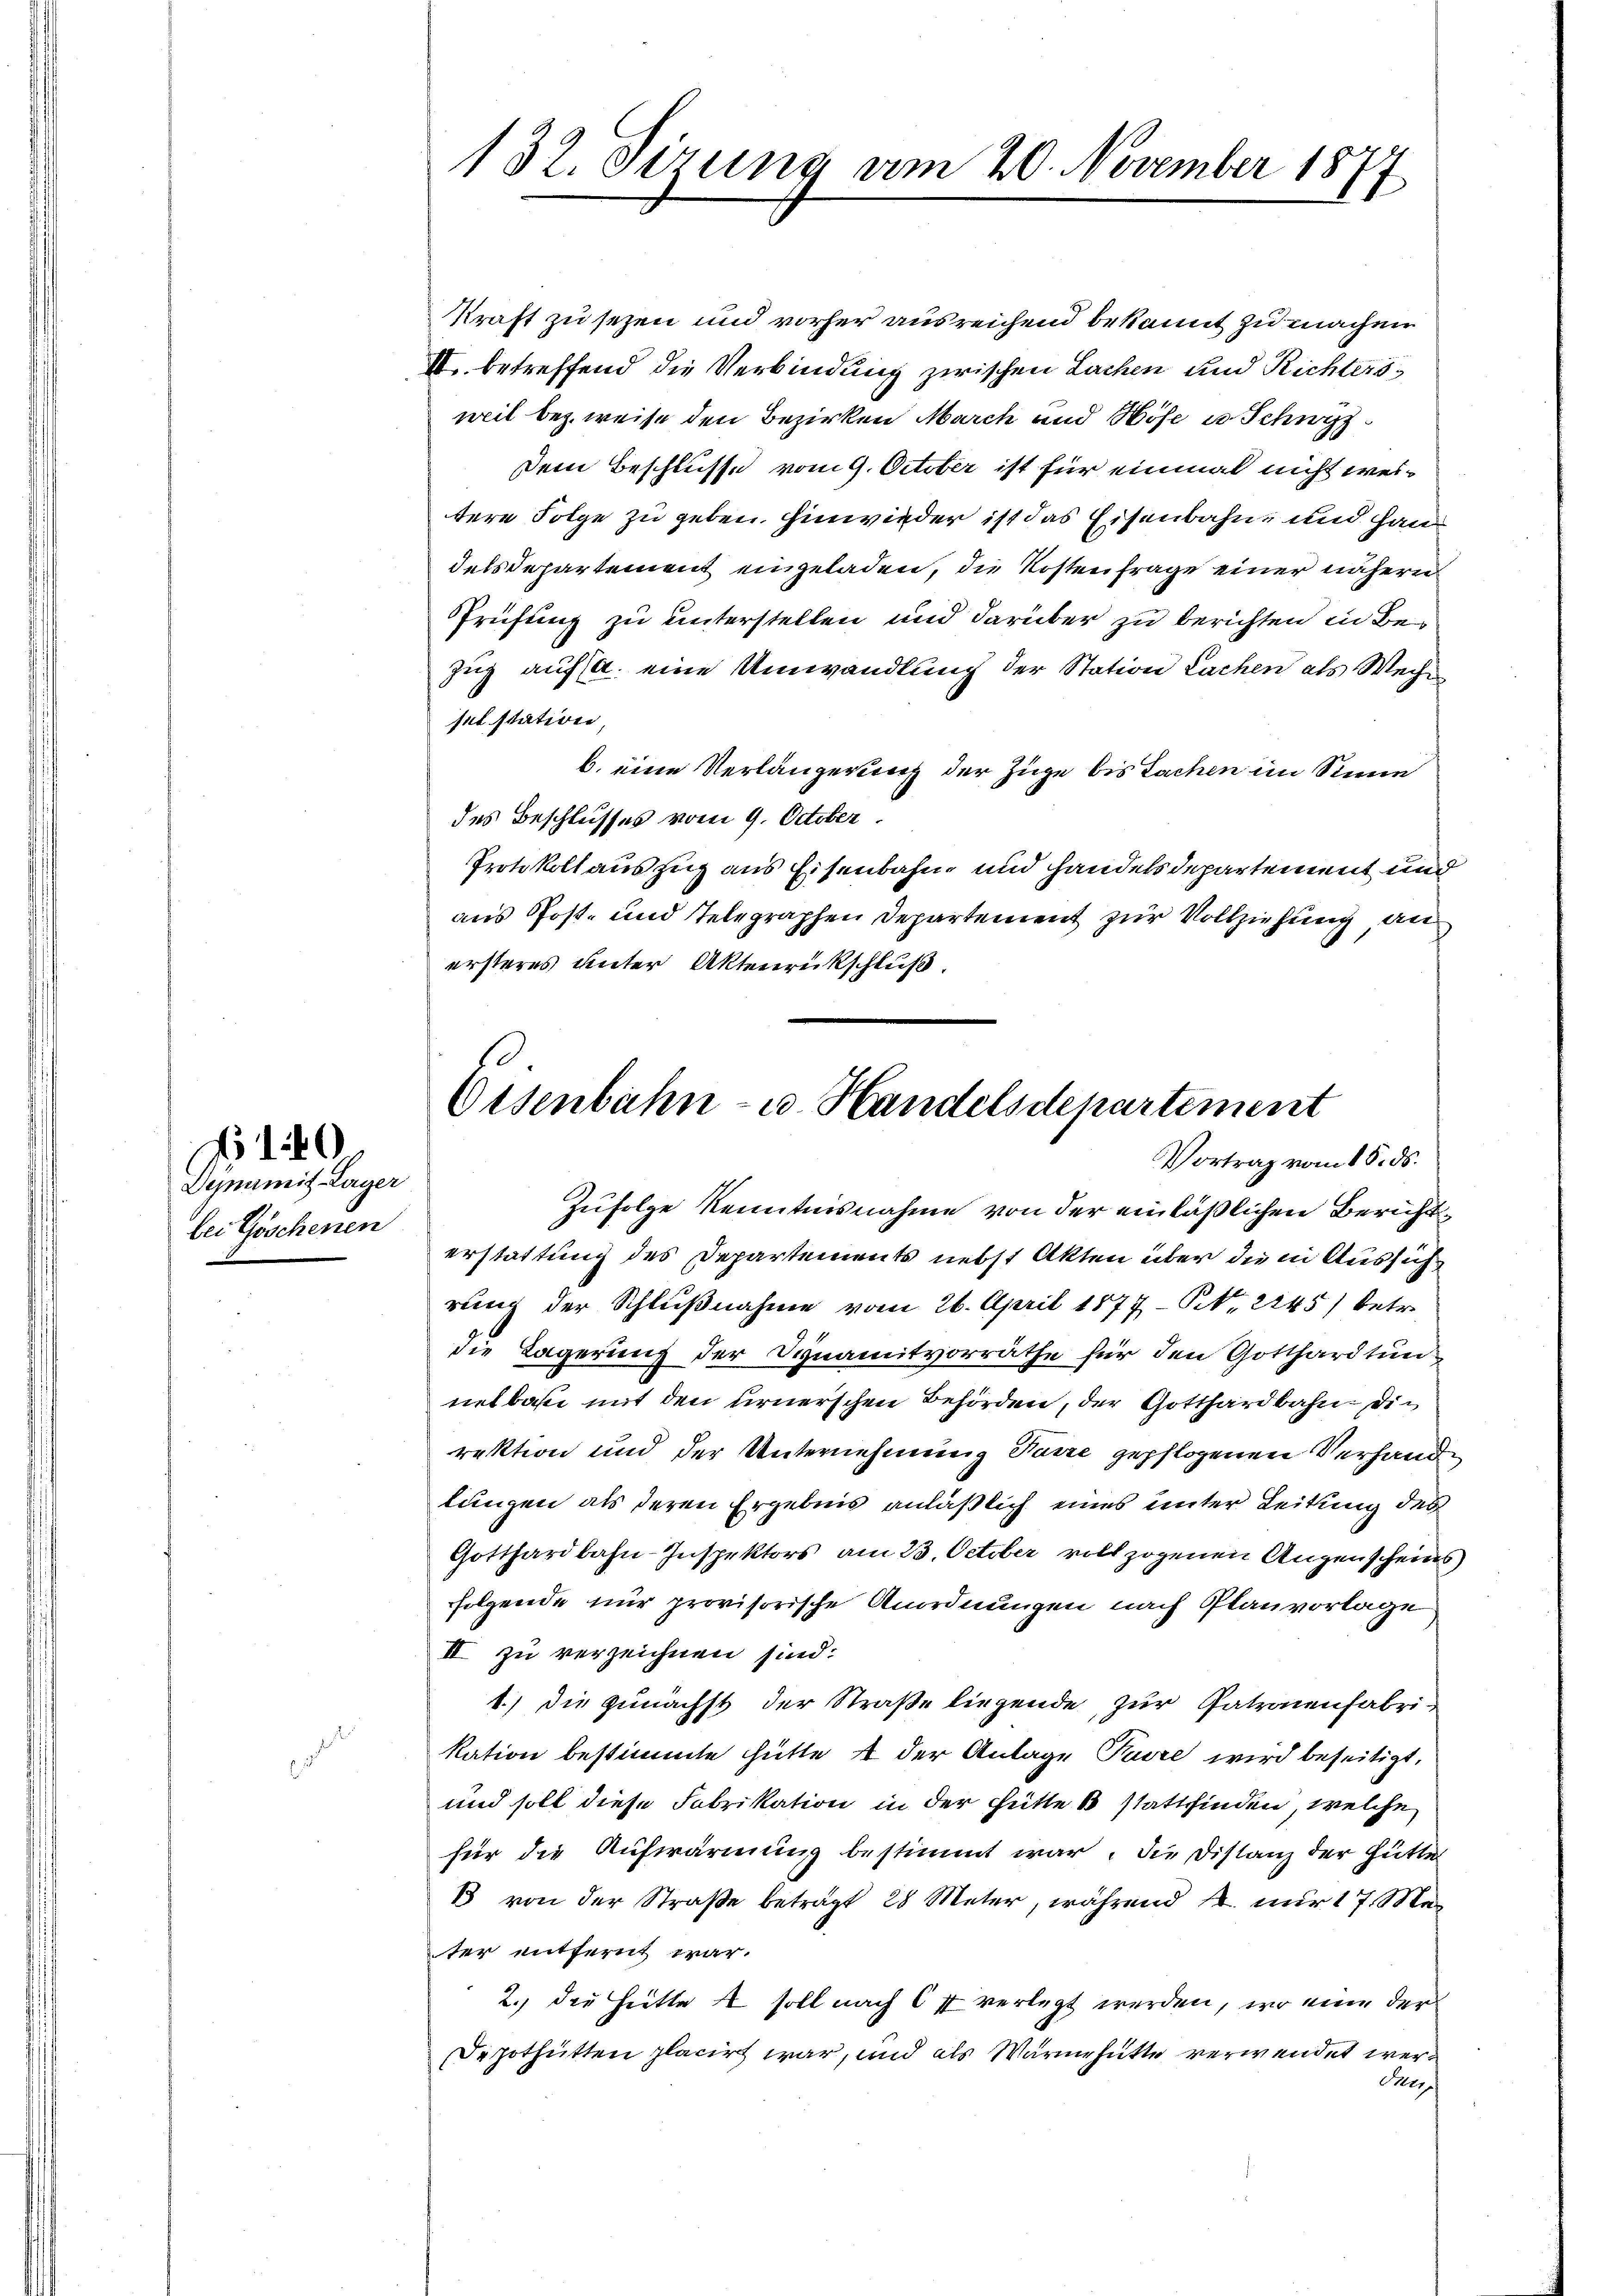
Dynamit Lager
bei Göschenen

132. Sirung am 20. November 1877

Kraft zu sezen und vorher ausreichend bekannt zu machen
I. betreffend die Verbindung zwischen Lachen und Richtersweil bez. weise den Bezirken March und Höse u. Schwyz¬
Dein Beschlusse vom 9. October ist für einmal nicht weitere Folge zu geben. Einwieder ist das Eisenbahn- und Han
delsdepartement eingeladen, die Kostenfrage einer näheren
Prüfung zu unterstellen und darüber zu berichten in Bezug auf a. eine Umwandlung der Station Lachen als Wech
selstation,
b. eine Verlängerung der Züge bis Sachen im Sinne
des Beschlusses vom 9. October.
Protokoll auszug aus Eisenbahn und Handelsdepartement und
aus Post- und Telegraphen Departement zur Vollziehung, an
ersteres unter Aktenrückschluß.

s
Osenbahn- u. Handelsdepartement
Vortrag vom 18. ds.

Zufolge Kenntnisnahme von der einläßlichen Berichterstattung des Departements nebst Akten über die in Aussich
rung der Schlußnahme vom 26. April 1877 - St. 2145) betr.
die Lagerung der Synamitvorräthe für den Gotthardtunnetbar mit den urnerschen Behörden, der Gotthardbahn. Die
rektion und der Unternehmung Parre gepflogenen Verhande
lungen als deren Ergebnis anläßlich eines unter Leitung des
Gotthardbahn-Inspektors am 23. October vollzogenen Augenscheins
folgende nur provisorische Anordnungen nach Planvorlage
II zu verzeichnen sind:
1.) Die zunächst der Straße liegende, zur Patronenfabri-
kation bestimmte Hütte 4 der Anlage Pavre wird beseitigt,
und soll diese Fabrikation in der Hütte 1 stattfinden, welche
für die Aufwarmung bestimmt war. Die Distanz der Hütte
B von der Straße beträgt 28 Meter, während 4. nur 17. Ma
ter entfernt war.
2. die Hütte & soll nach 6 f verlegt werden, wo eine der
Depothütten placirt war, und als Warmhütte verwendet wer¬
Ser